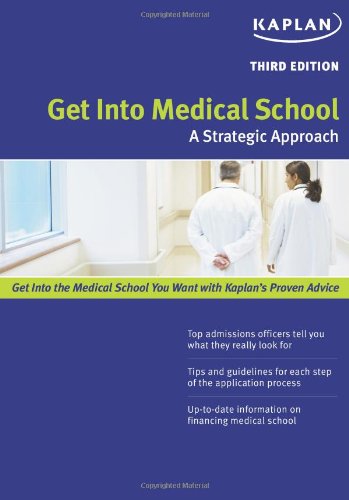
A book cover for Get Into Medical School: A Strategic Approach; Kaplan; Education & Teaching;